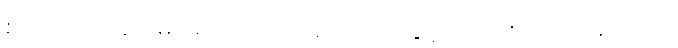
စားသောက်ဆိုင်များမှာ ထိုင်လေ့ရှိသည်ဟု ပွင့်ကောင်းက ပြောဖူးသည်။